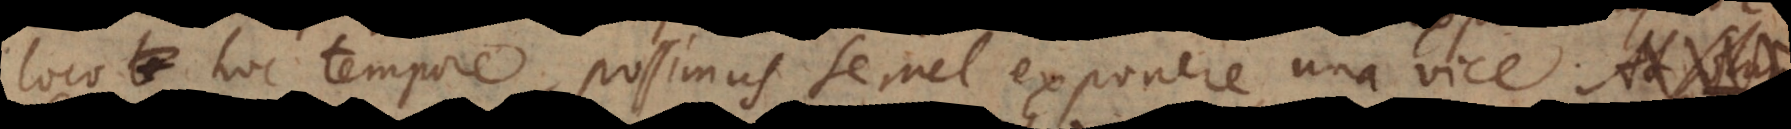
loco, hoc tempore, possimus semel exponere una vice. At